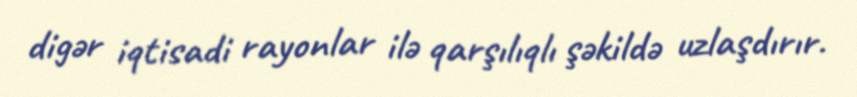
digər iqtisadi rayonlar ilə qarşılıqlı şəkildə uzlaşdırır.